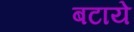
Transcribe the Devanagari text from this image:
बटाये